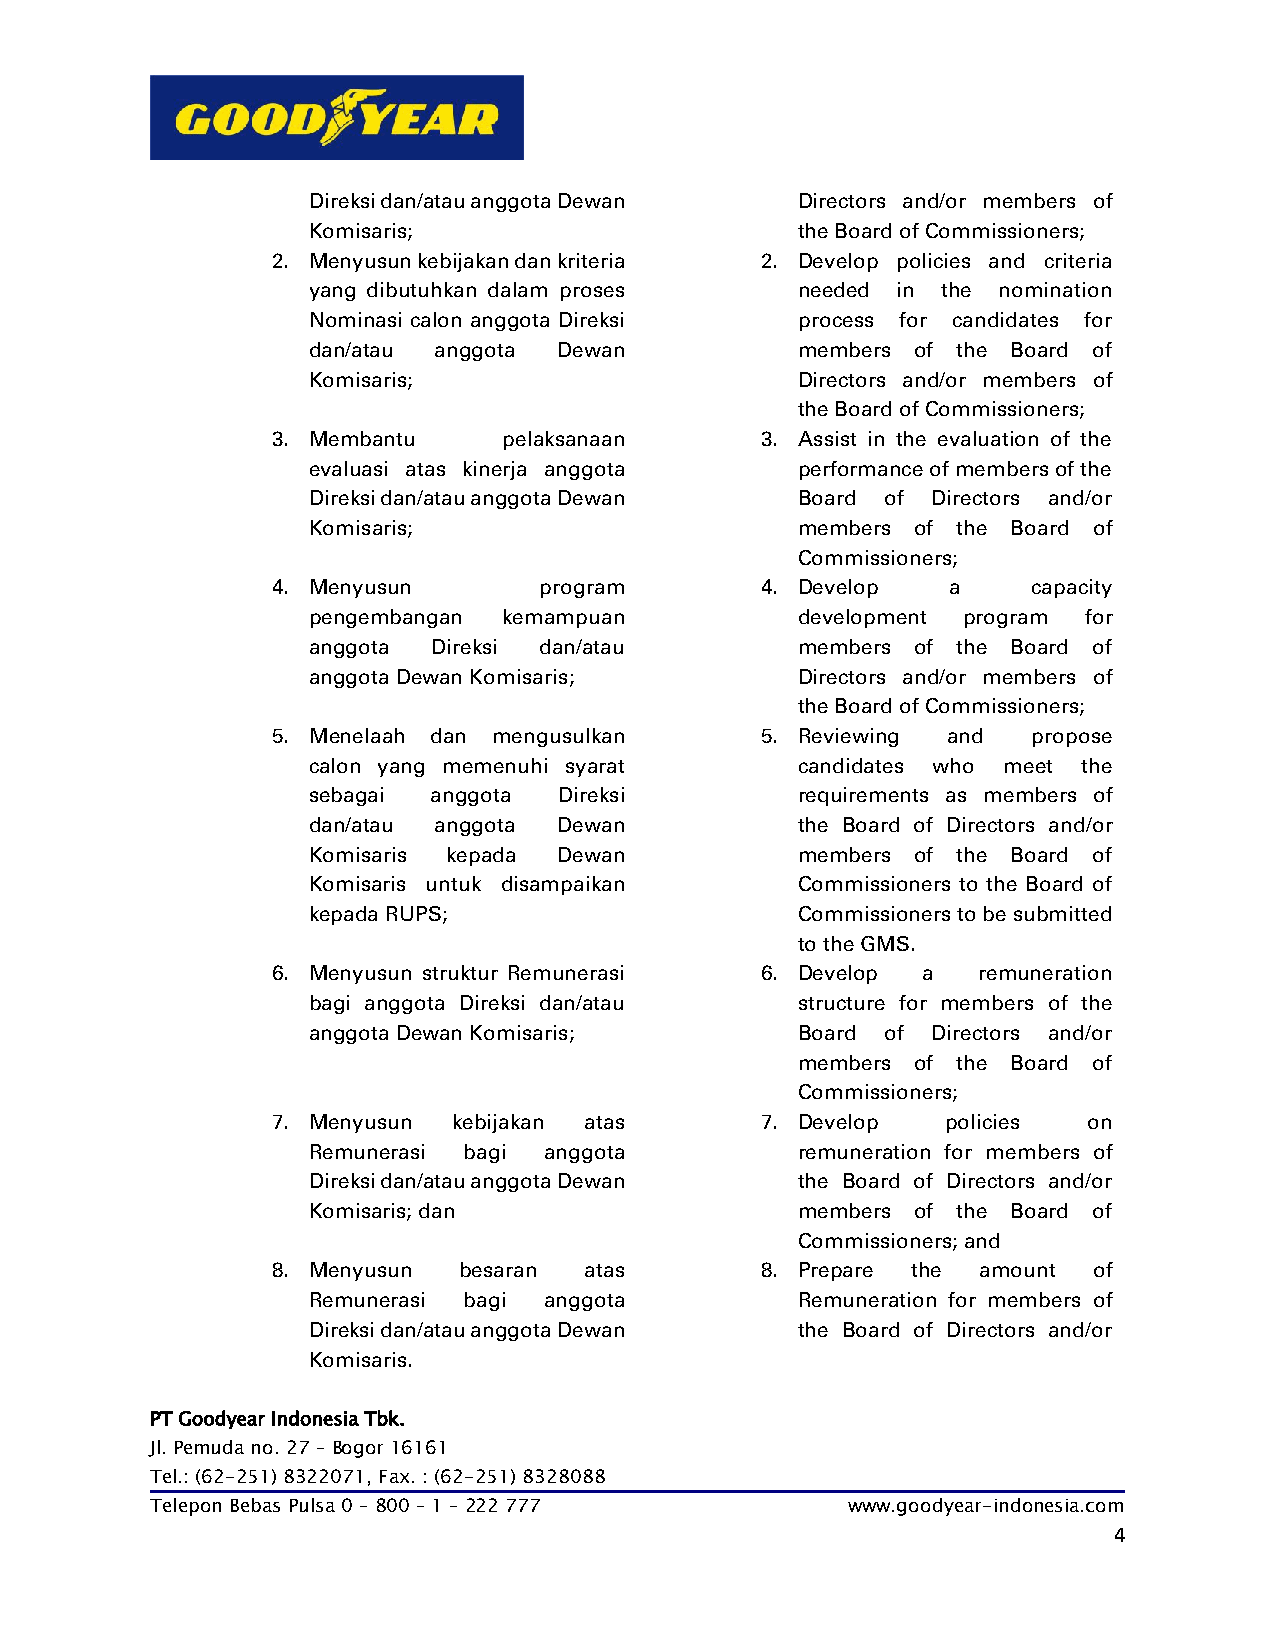
Direksi dan/atau anggota Dewan   Directors and/or members of
 Komisaris;                       the Board of Commissioners;
 2. Menyusun kebijakan dan kriteria 2. Develop policies and criteria
 yang dibutuhkan dalam proses     needed in the nomination
 Nominasi calon anggota Direksi   process for candidates for
 dan/atau anggota Dewan           members of the Board of
 Komisaris;                       Directors and/or members of
 the Board of Commissioners;
 3. Membantu    pelaksanaan      3. Assist in the evaluation of the
 evaluasi atas kinerja anggota    performance of members of the
 Direksi dan/atau anggota Dewan   Board of Directors and/or
 Komisaris;                       members of the Board of
 Commissioners;
 4. Menyusun       program       4. Develop   a    capacity
 pengembangan kemampuan           development program for
 anggota  Direksi dan/atau        members of the Board of
 anggota Dewan Komisaris;         Directors and/or members of
 the Board of Commissioners;
 5. Menelaah dan mengusulkan     5. Reviewing and  propose
 calon yang memenuhi syarat       candidates who meet the
 sebagai  anggota Direksi         requirements as members of
 dan/atau anggota Dewan           the Board of Directors and/or
 Komisaris kepada Dewan           members of the Board of
 Komisaris untuk disampaikan      Commissioners to the Board of
 kepada RUPS;                     Commissioners to be submitted
 to the GMS.
 6. Menyusun struktur Remunerasi 6. Develop a   remuneration
 bagi anggota Direksi dan/atau    structure for members of the
 anggota Dewan Komisaris;         Board of Directors and/or
 members of the Board of
 Commissioners;
 7. Menyusun kebijakan atas      7. Develop   policies on
 Remunerasi bagi anggota          remuneration for members of
 Direksi dan/atau anggota Dewan   the Board of Directors and/or
 Komisaris; dan                   members of the Board of
 Commissioners; and
 8. Menyusun besaran  atas       8. Prepare the amount of
 Remunerasi bagi anggota          Remuneration for members of
 Direksi dan/atau anggota Dewan   the Board of Directors and/or
 Komisaris.
 PT Goodyear Indonesia Tbk.
 Jl. Pemuda no. 27 – Bogor 16161
 Tel.: (62-251) 8322071, Fax. : (62-251) 8328088
 Telepon Bebas Pulsa 0 – 800 – 1 – 222 777     www.goodyear-indonesia.com
 4